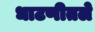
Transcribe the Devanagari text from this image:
धाटणीतले